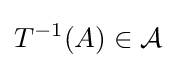
T^{-1}(A)\in {\mathcal {A}}